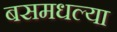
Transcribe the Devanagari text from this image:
बसमधल्या